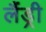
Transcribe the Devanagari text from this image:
लैंड्री